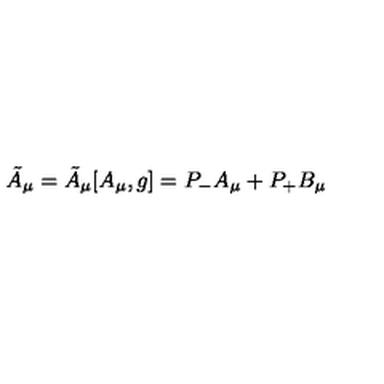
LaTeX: { \tilde { A } } _ { \mu } = { \tilde { A } } _ { \mu } [ A _ { \mu } , g ] = P _ { - } A _ { \mu } + P _ { + } B _ { \mu }